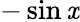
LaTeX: -\sin\mathit{x}